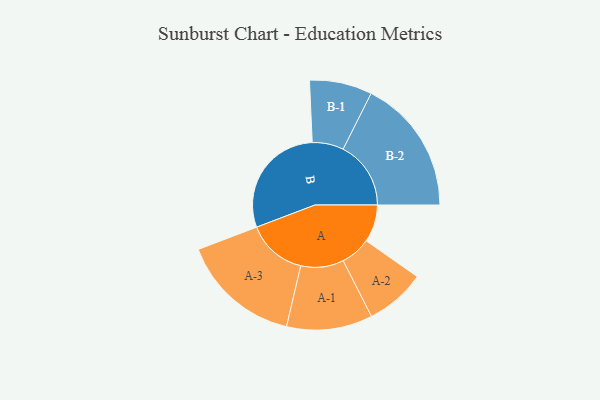
{"axis": {"x": "Segment", "y": "Value"}, "legend": ["", "A", "B"], "data": [{"x": "A", "y": 158, "type": ""}, {"x": "B", "y": 489, "type": ""}, {"x": "A-1", "y": 181, "type": "A"}, {"x": "A-2", "y": 127, "type": "A"}, {"x": "A-3", "y": 253, "type": "A"}, {"x": "B-1", "y": 132, "type": "B"}, {"x": "B-2", "y": 286, "type": "B"}]}